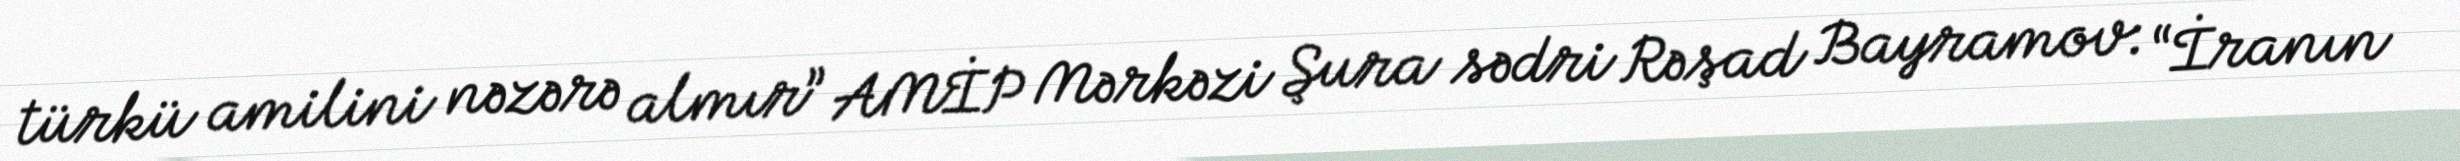
türkü amilini nəzərə almır” AMİP Mərkəzi Şura sədri Rəşad Bayramov: “İranın